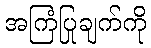
အကြံပြုချက်ကို